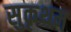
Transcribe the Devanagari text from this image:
सुकृथम